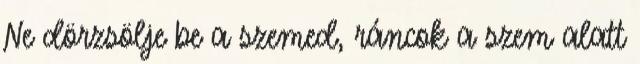
Ne dörzsölje be a szemed, ráncok a szem alatt